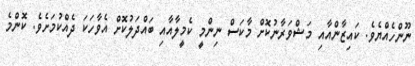
ނޫންހެއްޔެވެ. ކައިޒާންއާއި މަޝްވަރާނުކޮށް މާކަސް ނިންމީ ކެމީލާއާއި ބައްދަލުކޮށް އެވާހަކަ ދެއްކުމަށެވެ. ކޮންމެ